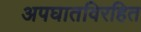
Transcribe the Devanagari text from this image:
अपघातविरहित